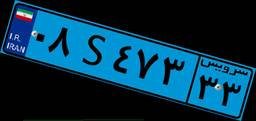
۲۵S۴۷۲۱۶